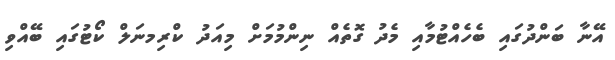
އޭނާ ބަންދުގައި ބެހެއްޓުމާއި މެދު ގޮތެއް ނިންމުމަށް މިއަދު ކްރިމނަލް ކޯޓުގައި ބޭއްވި